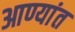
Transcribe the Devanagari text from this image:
आण्यांत